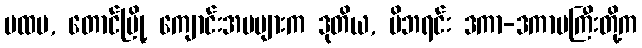
ပထမ, တောင်မြို့ ကျောင်းအမများက ဒုတိယ, မိဘရင်း ဒကာ-ဒကာမကြီးတို့က